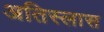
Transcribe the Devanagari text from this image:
अतिस्लास